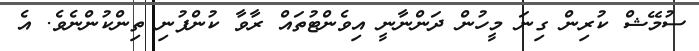
ސުމޭޝް ކުރިން ގިނަ މީހުން ދަންނާނީ އިވެންޓުތައް ރާވާ ކުންފުނި ތިންކުންނެވެ. އެ